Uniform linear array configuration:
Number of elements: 16
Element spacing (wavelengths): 1
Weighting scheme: exponential
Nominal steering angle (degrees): -45
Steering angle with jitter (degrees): -45.787
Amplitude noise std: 0.05
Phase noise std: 0.05

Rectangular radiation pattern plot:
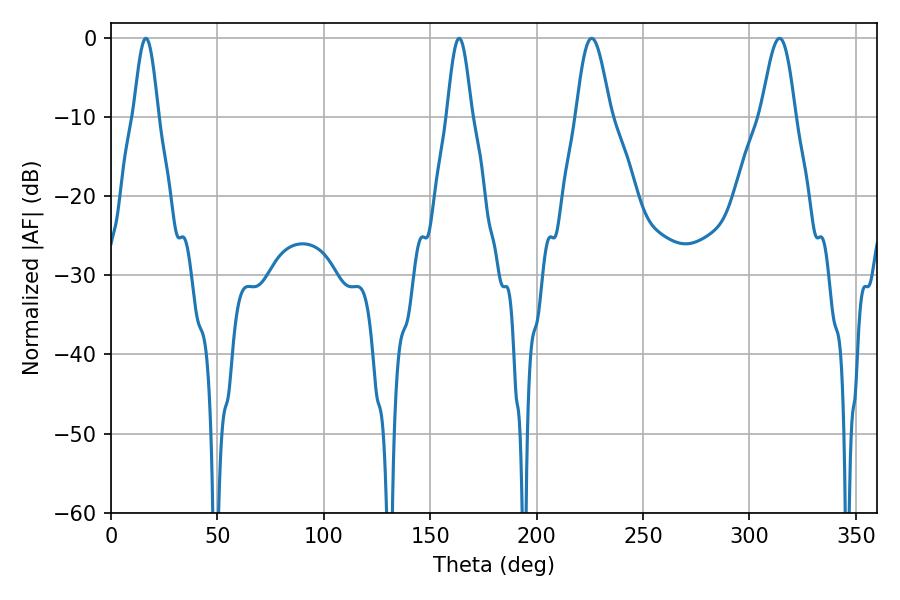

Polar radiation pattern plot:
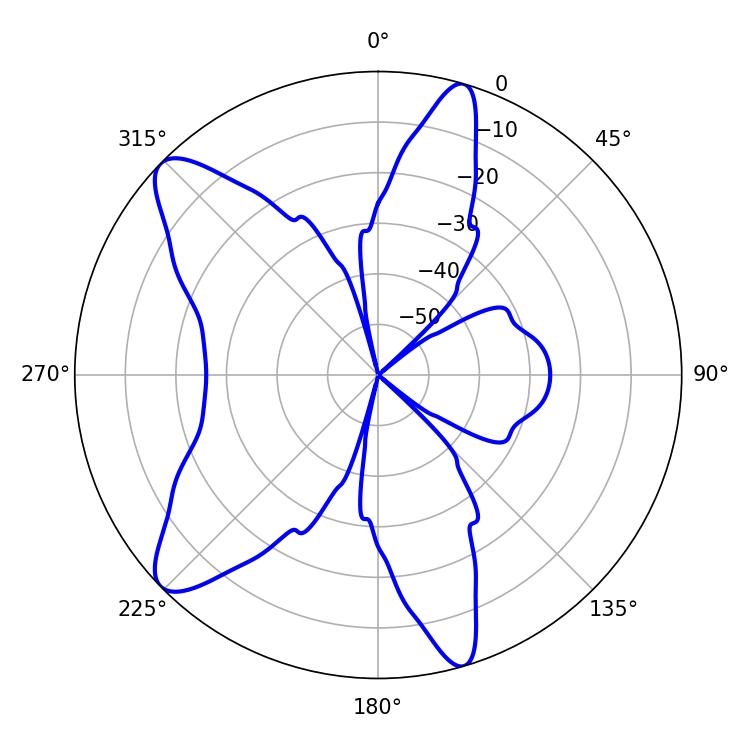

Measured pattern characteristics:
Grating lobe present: TRUE
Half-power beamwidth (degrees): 6.12
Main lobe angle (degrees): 16.38